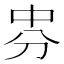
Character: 𠛸